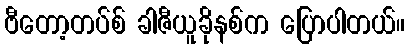
ဗီတော့တပ်စ် ခါဇီယူခိုနစ်က ပြောပါတယ်။